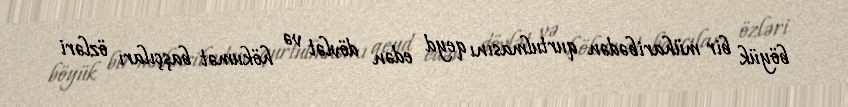
böyük bir müharibədən qurtulmasını qeyd edən dövlət və hökumət başçıları özləri